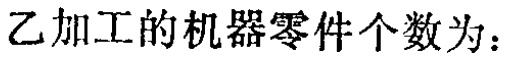
乙加工的机器零件个数为：